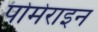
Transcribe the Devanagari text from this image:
पोमेराइन